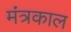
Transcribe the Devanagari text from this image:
मंत्रकाल